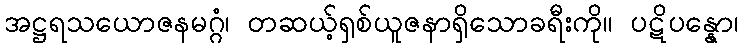
အဋ္ဌရသယောဇနမဂ္ဂံ၊ တဆယ့်ရှစ်ယူဇနာရှိသောခရီးကို။ ပဋိပန္နော၊